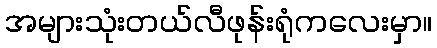
အများသုံးတယ်လီဖုန်းရုံကလေးမှာ။